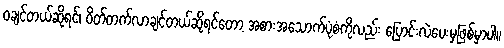
၀ချင်တယ်ဆိုရင်၊ ဝိတ်တက်လာချင်တယ်ဆိုရင်တော့ အစားအသောက်ပုံစံကိုလည်း ပြောင်းလဲပေးမှဖြစ်မှာပါ။